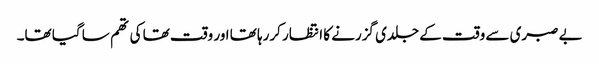
بے صبری سے وقت کے جلدی گزرنے کا انتظار کررہا تھا اور وقت تھا کی تھم سا گیا تھا۔